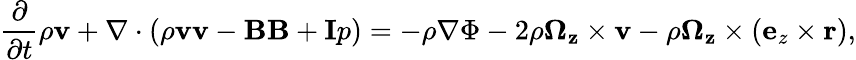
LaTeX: \frac{\partial}{\partial t}\rho\mathbf{v}+\nabla\cdot(\rho\mathbf{vv}-\mathbf{BB}+\mathbf{I}p)=-\rho\nabla\Phi-2\rho\mathbf{\Omega_{z}}\times{\mathbf v}-\rho\mathbf{\Omega_{z}}\times\left({\mathbf e}_{z}\times{\mathbf r}\right),